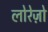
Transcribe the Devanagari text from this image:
लोरेज़ो